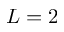
{ L = 2 }